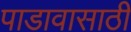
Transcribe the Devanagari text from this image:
पाडावासाठी